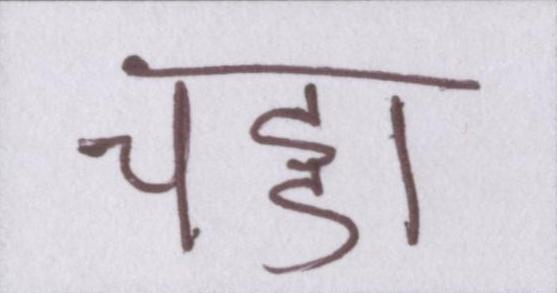
चड्डा